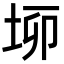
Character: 𡋫